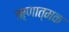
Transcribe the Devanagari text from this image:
ॠणात्मक